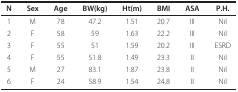
<table><thead><tr><td><b>N</b></td><td><b>Sex</b></td><td><b>Age</b></td><td><b>BW(kg)</b></td><td><b>Ht(m)</b></td><td><b>BMI</b></td><td><b>ASA</b></td><td><b>P.H.</b></td></tr></thead><tbody><tr><td>1</td><td>M</td><td>78</td><td>47.2</td><td>1.51</td><td>20.7</td><td>III</td><td>Nil</td></tr><tr><td>2</td><td>F</td><td>58</td><td>59</td><td>1.63</td><td>22.2</td><td>III</td><td>Nil</td></tr><tr><td>3</td><td>F</td><td>55</td><td>51</td><td>1.59</td><td>20.2</td><td>III</td><td>ESRD</td></tr><tr><td>4</td><td>F</td><td>55</td><td>51.8</td><td>1.49</td><td>23.3</td><td>II</td><td>Nil</td></tr><tr><td>5</td><td>M</td><td>27</td><td>83.1</td><td>1.87</td><td>23.8</td><td>II</td><td>Nil</td></tr><tr><td>6</td><td>F</td><td>24</td><td>58.9</td><td>1.54</td><td>24.8</td><td>II</td><td>Nil</td></tr></tbody></table>